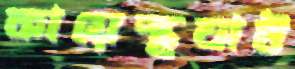
কায়েস্থঘাট